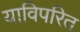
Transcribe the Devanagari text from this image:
याविपरित